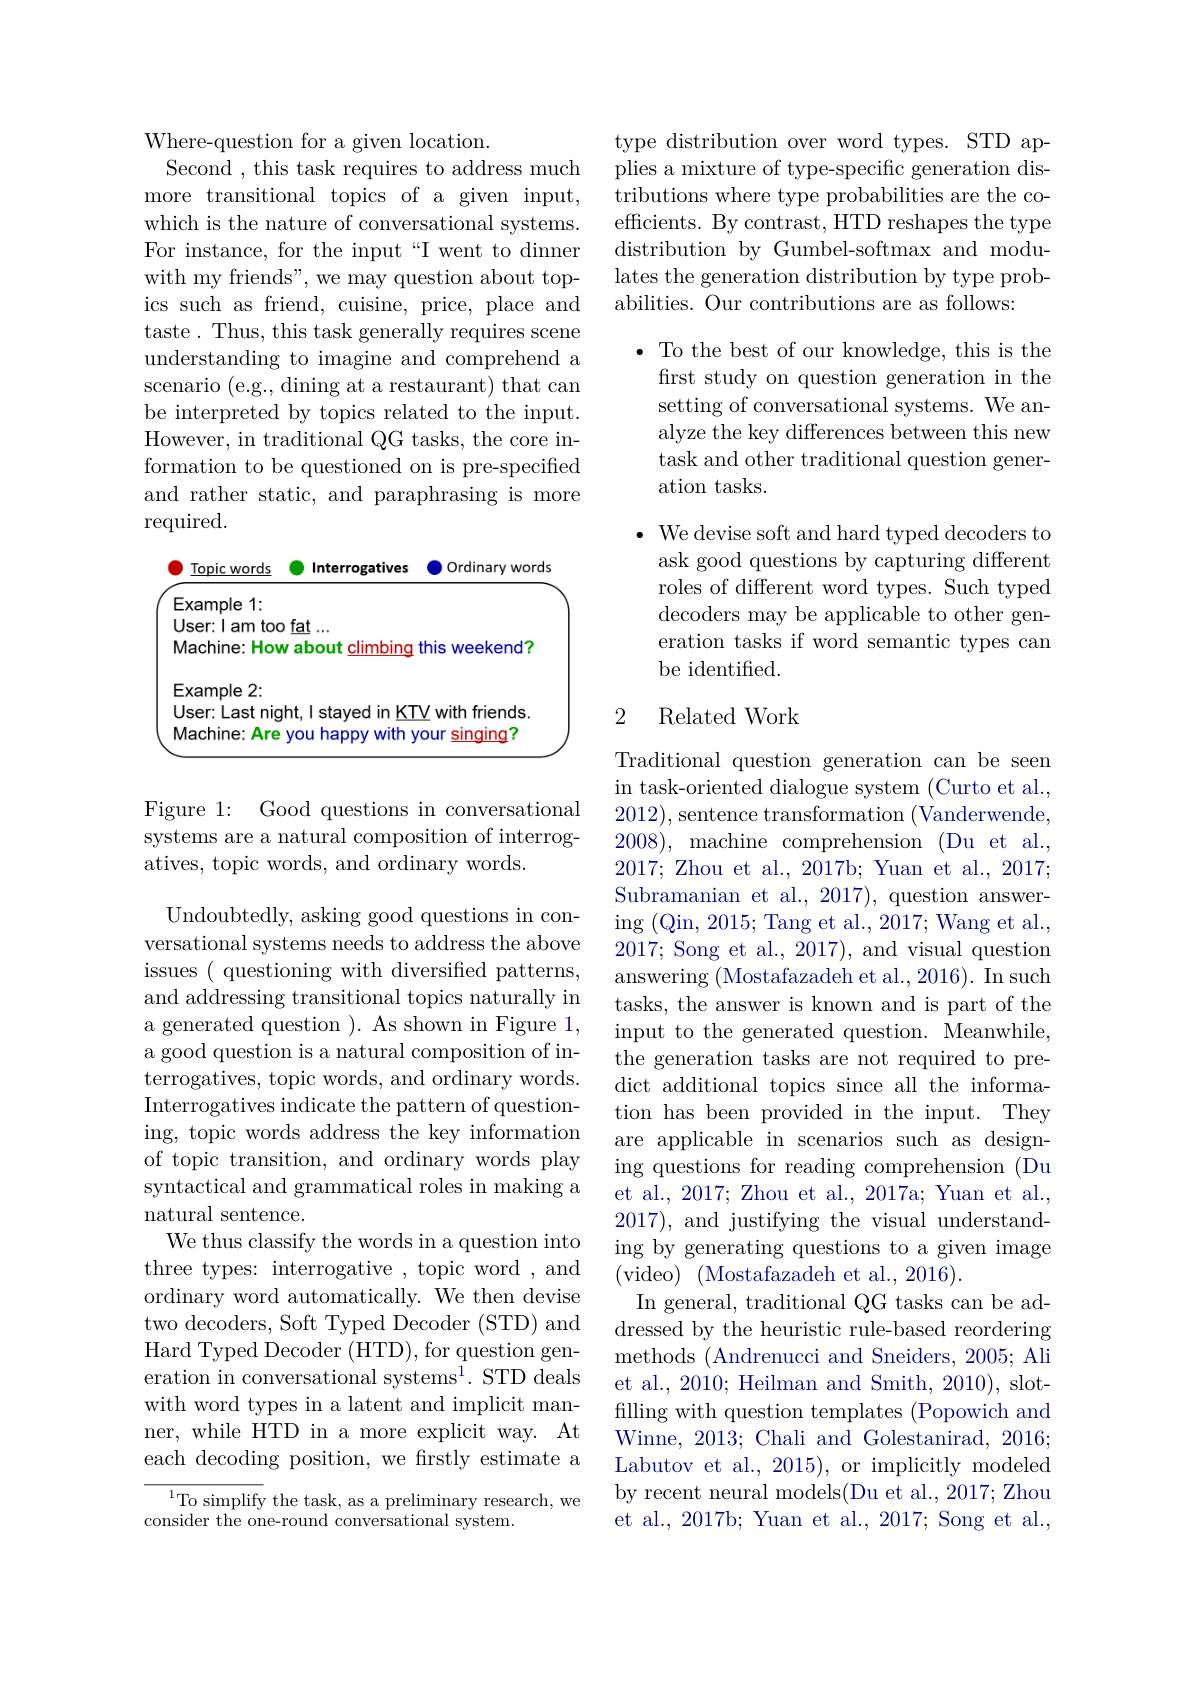
Where-question for a given location.
Second , this task requires to address much more transitional topics of a given input, which is the nature of conversational systems. For instance, for the input“I went to dinner with my friends", we may question about topics such as friend, cuisine, price, place and taste. Thus, this task generally requires scene understanding to imagine and comprehend a scenario (e.g., dining at a restaurant) that can be interpreted by topics related to the input. However, in traditional QG tasks, the core information to be questioned on is pre-specified and rather static, and paraphrasing is more required.

<FigureHere>

Figure 1: Good questions in conversational systems are a natural composition of interrogatives, topic words, and ordinary words.

Undoubtedly, asking good questions in conversational systems needs to address the above issues ( questioning with diversified patterns, and addressing transitional topics naturally in a generated question ). As shown in Figure 1, a good question is a natural composition of interrogatives, topic words, and ordinary words. Interrogatives indicate the pattern of questioning, topic words address the key information of topic transition, and ordinary words play syntactical and grammatical roles in making a natural sentence.
We thus classify the words in a question into three types: interrogative , topic word , and ordinary word automatically. We then devise two decoders, Soft Typed Decoder (STD) and Hard Typed Decoder (HTD), for question generation in conversational systems$^1.$ STD deals with word types in a latent and implicit manner, while HTD in a more explicit way. At each decoding position, we frstly estimate a

$^{1}$To simplify the task, as a preliminary research, we
consider the one-round conversational system.

type distribution over word types. STD applies a mixture of type-specific generation distributions where type probabilities are the coefficients. By contrast, HTD reshapes the type distribution by Gumbel-softmax and modulates the generation distribution by type probabilities. Our contributions are as follows:

$\bullet$ To the best of our knowledge, this is the
first study on question generation in the setting of conversational systems. We analyze the key differences between this new task and other traditional question generation tasks.

$\bullet$ We devise soft and hard typed decoders to
ask good questions by capturing different roles of different word types. Such typed decoders may be applicable to other generation tasks if word semantic types can be identified.

## 2 Related Work

Traditional question generation can be seen in task-oriented dialogue system (Curto et al., 2012),sentence transformation(Vanderwende, 2008),machine comprehension ( Du et al. , 2017; Zhou et al., 2017b; Yuan et al., 2017; Subramanian et al., 2017), question answering (Qin, 2015; Tang et al., 2017; Wang et al., 2017; Song et al., 2017), and visual question answering (Mostafazadeh et al.,2016).{~In~such}(0.16).{~In~such}(0.16).{~In~such}(0.16).{~In~such}(0.16).{~In~such}(0.16).{~In~such}(0.16).{~In~sin~}(0.16).{~In~such}(0.16).{~In~such}(0.16).{~In~such}(0.16).{~In~such}(0.16).{~In~such}(0.16).{~Lin~}(0.1 tasks, the answer is known and is part of the input to the generated question. Meanwhile, the generation tasks are not required to predict additional topics since all the information has been provided in the input. They are applicable in scenarios such as designing questions for reading comprehension (Du et al., 2017; Zhou et al., 2017a; Yuan et al. 2017), and justifying the visual understanding by generating questions to a given image (video)$\allowbreak ( {\mathrm{mod}} $Mostafazadeh et al. , 2016).
In general, traditional QG tasks can be addressed by the heuristic rule-based reordering methods (Andrenucci and Sneiders, 2005; Ali et al., 2010; Heilman and Smith, 2010), slotfilling with question templates (Popowich and Winne, 2013; Chali and Golestanirad, 2016; Labutov et al., 2015), or implicitly modeled by recent neural models(Du et al., 2017; Zhou et al., 2017b; Yuan et al., 2017; Song et al.,